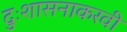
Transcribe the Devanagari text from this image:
दुःशासनाकरवी